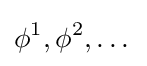
\phi ^{1},\phi ^{2},\dots